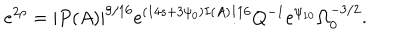
e ^ { 2 \rho } = | P ( A ) | ^ { 9 / 1 6 } e ^ { ( 1 4 s + 3 \psi _ { 0 } ) I ( A ) / 1 6 } Q ^ { - 1 } e ^ { \psi _ { 1 0 } } \Omega _ { 0 } ^ { - 3 / 2 } .